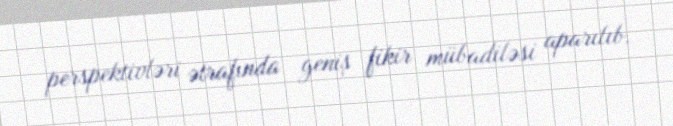
perspektivləri ətrafında geniş fikir mübadiləsi aparılıb.